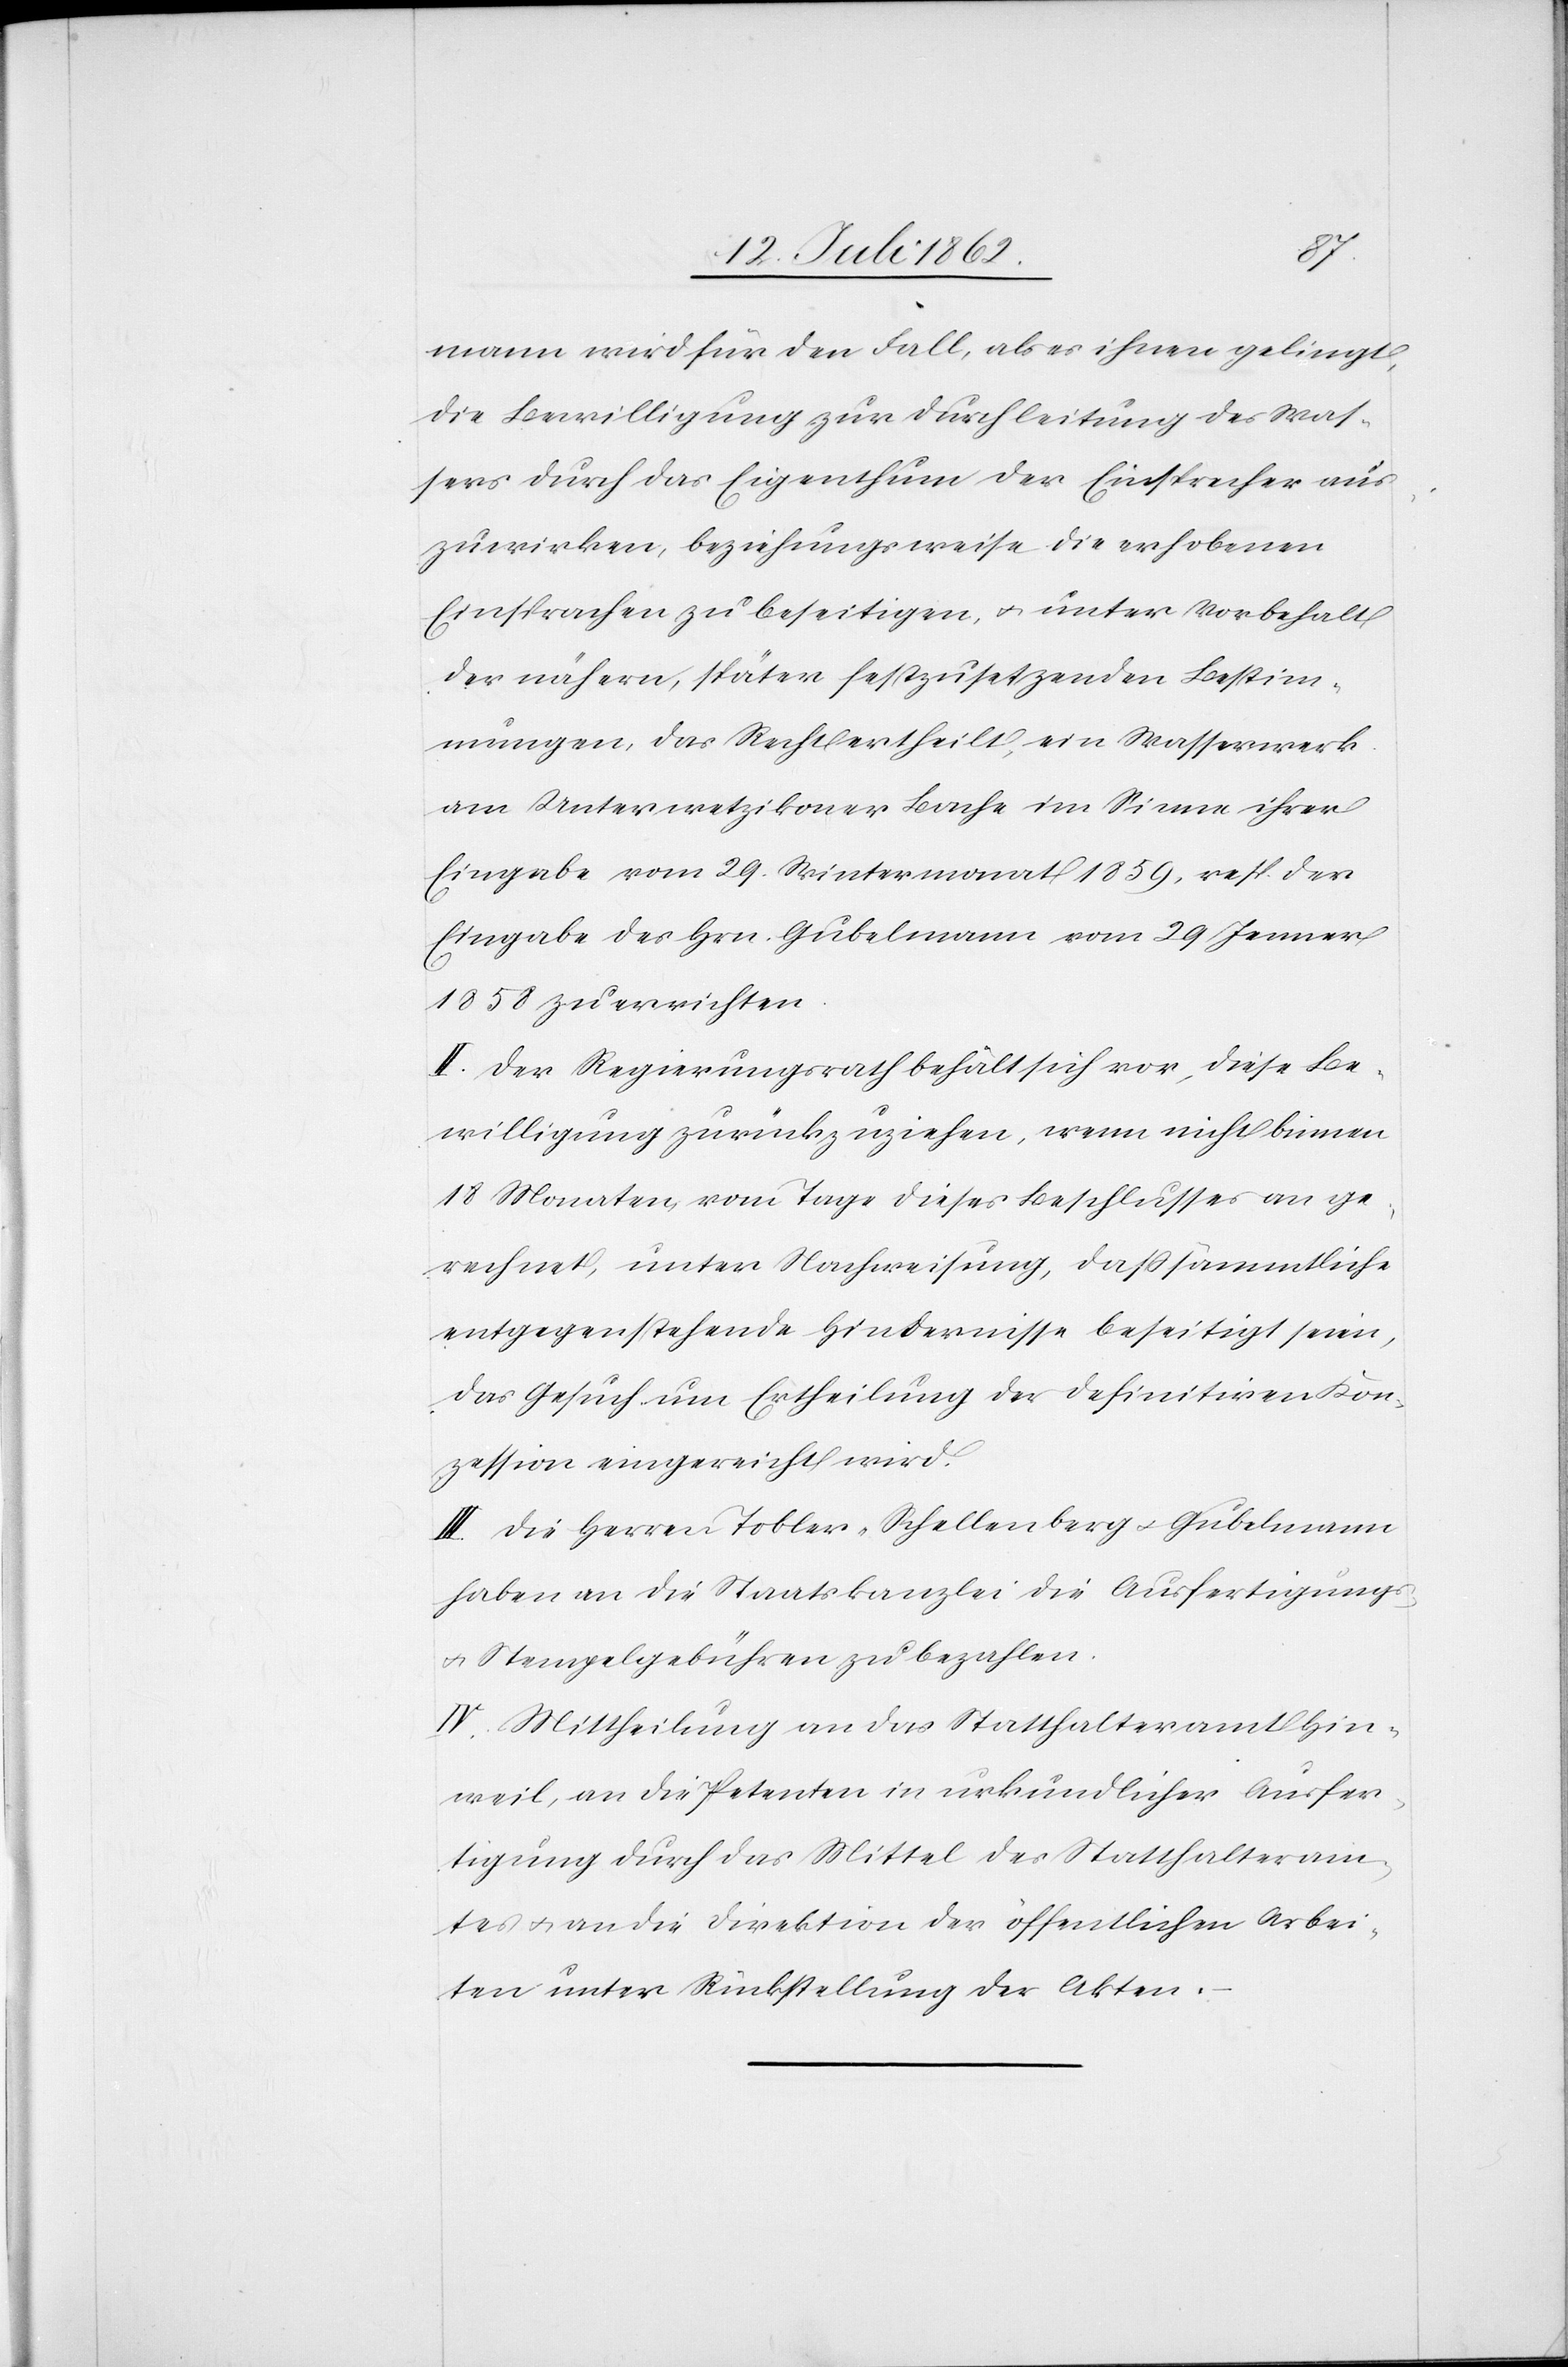
mann wird für den Fall, als es ihnen gelingt,
die Bewilligung zur Durchleitung des Was¬
sers durch das Eigenthum der Einsprecher aus¬
zuwirken, beziehungsweise die erhobenen
Einsprachen zu beseitigen u. unter Vorbehalt
der nähern, spätern festzusetzenden Bestim¬
mungen, das Recht ertheilt, ein Wasserwerk
am Unterwetzikoner Bache im Sinne ihrer
Eingabe vom 29. Wintermonat 1859, resp. der
Eingabe des Hrn. Gubelmann vom 29 Jenner
1858 zu errichten.
II. Der Regierungsrath behält sich vor, diese Be¬
willigung zurück zu ziehen, wenn nicht binnen
18 Monaten, vom Tage dieses Beschlusses an ge¬
rechnet, unter Nachweisung, daß sämmtliche
entgegenstehende Hindernisse beseitigt seien,
das Gesuch um Ertheilung der definitiven Kon¬
zession eingereicht wird.
III. Die Herren Tobler-Schellenberg u. Gubelmann
haben an die Staatskanzlei die Ausfertigungs-
u. Stempelgebühren zu bezahlen.
IV. Mittheilung an das Statthalteramt Hin¬
weil, an die Petenten in urkundlicher Ausfer¬
tigung durch das Mittel des Statthalteram¬
tes u. an die Direktion der öffentlichen Arbei¬
ten unter Rückstellung der Akten.